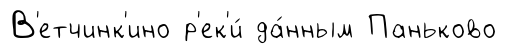
В'етчинк'ино р'ек'и́ да́нным Паньково